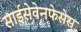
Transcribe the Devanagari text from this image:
साईसेवेनफेसेस